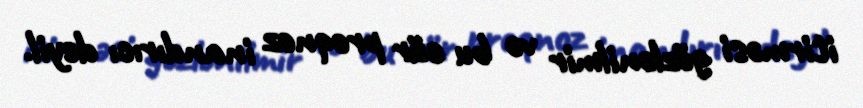
itirməsi gözlənilmir və bu cür proqnoz inandırıcı deyil.